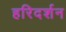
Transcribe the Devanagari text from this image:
हरिदर्शन